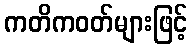
ကတိကဝတ်များဖြင့်